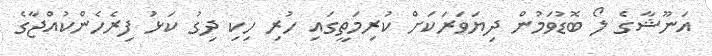
އަނޫޝާގެ ލޯ ބޮޑުވަމުން ދިޔަވަރަކަށް ކުރިމަތީގައި ހުރި ހިކި ދިގު ކަޅު ފިރެހެންކުއްޖާގެ